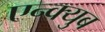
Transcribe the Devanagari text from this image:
एन्क्युब